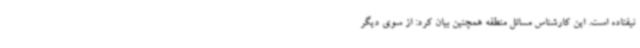
نیفتاده است. این کارشناس مسائل منطقه همچنین بیان کرد: از سوی دیگر